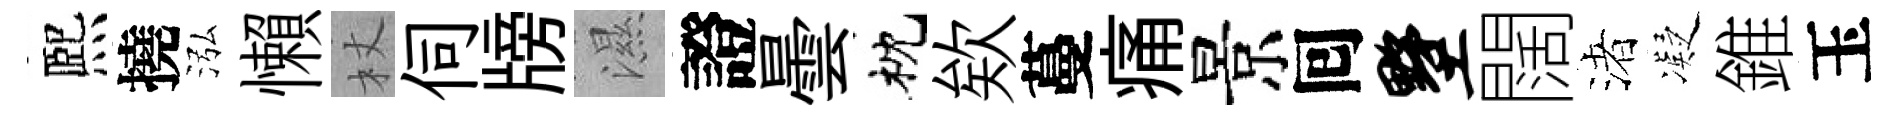
熈撓泓懶杖伺牓濕證曇枕欸蔓痛景囘墅闊渚凝錐玉